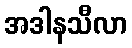
အဒါနသီလာ